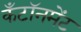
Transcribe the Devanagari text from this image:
कँटॉनमेंट